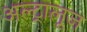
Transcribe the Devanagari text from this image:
अल्ट्रालूज